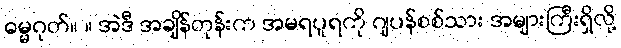
ဓမ္မဂုတ်။ ။ အဲဒီ အချိန်တုန်းက အမရပူရကို ဂျပန်စစ်သား အများကြီးရှိလို့